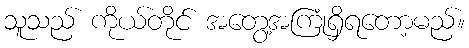
သူသည် ကိုယ်တိုင် အတွေ့အကြုံရှိရတော့မည်။